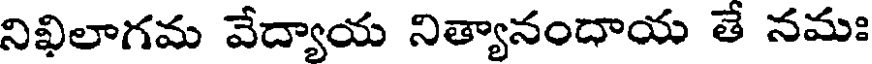
నిఖిలాగమ వేద్యాయ నిత్యానందాయ తే నమః